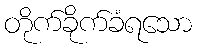
တိုက်ခိုက်ခံရသော